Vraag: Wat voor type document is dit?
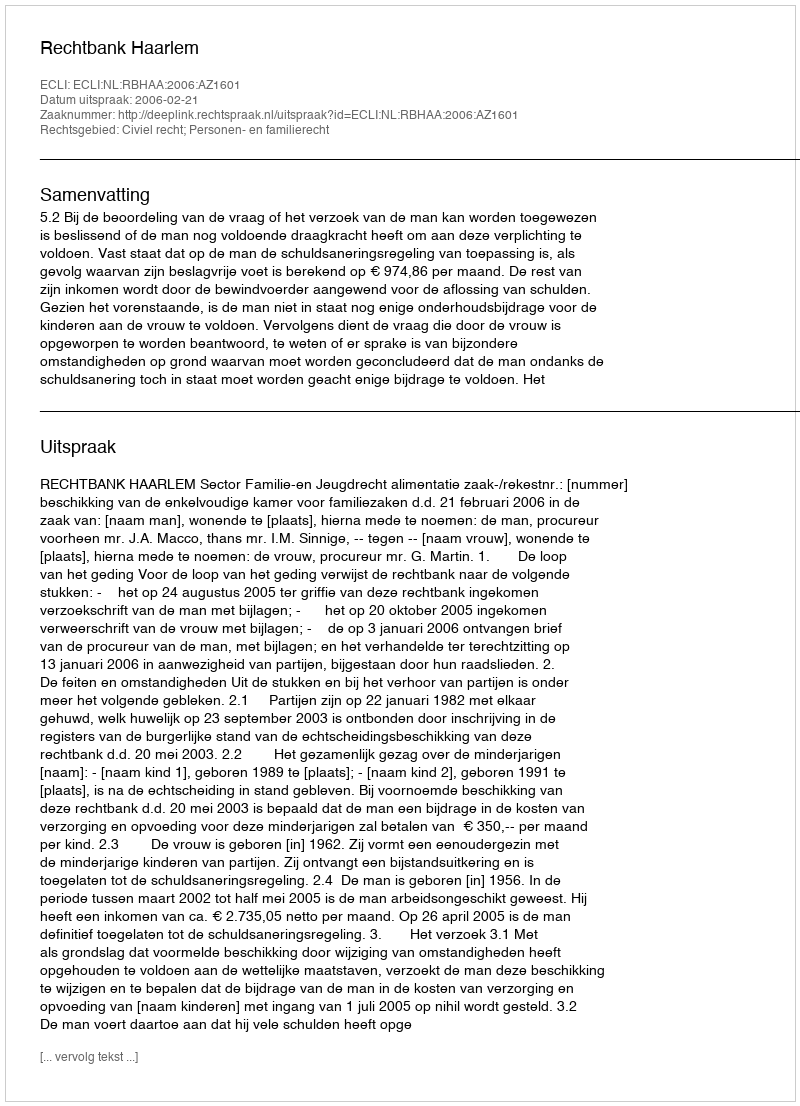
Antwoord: Uitspraak